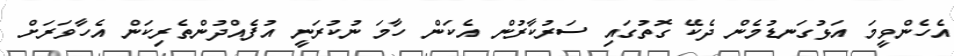
އެހެންވީމަ އަޅުގަނޑުމެން ދެކޭ ގޮތުގައި ސަރުކާރުން އެކަން ހާމަ ނުކުރަނީ އުފެއްދުންތެރިކަން އެހާވަރަށް